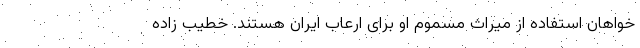
خواهان استفاده از میراث مسموم او برای ارعاب ایران هستند. خطیب زاده